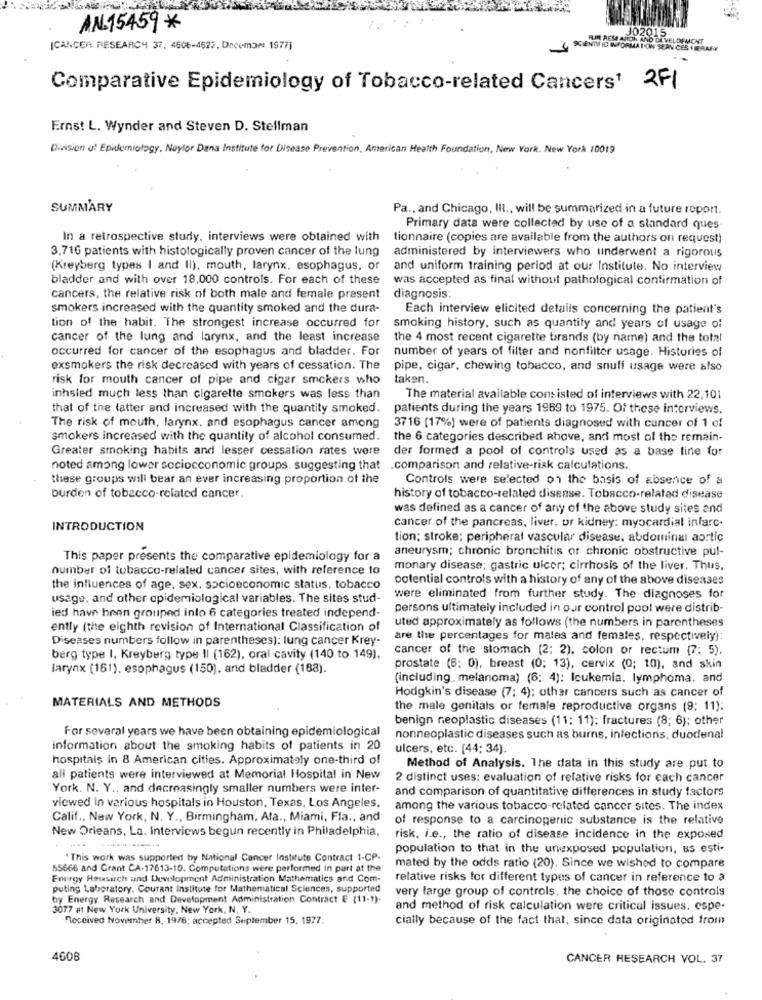
AN.15459*
JO2015
FLIR RESE AJICIN AND DA VELOFMONT
ICANCER RESEARCH 37, 4606-4622. December 1977]
SCIENTIFIC INFORMATION SEAN CES I BERA
Comparative Epidemiology of Tobacco-related Cancers1 2F1
Ernst L. Wynder and Steven D. Stellman
Division of Epidemiology, Naylor Dana Institute for Disease Prevention, American Health Foundation, New York, New York 10019
SUMMARY
Pa ., and Chicago, Il ., will be summarized in a future report.
Primary data were collected by use of a standard ques
In a retrospective study, interviews were obtained with
tionnaire (copies are available from the authors on request)
3,716 patients with histologically proven cancer of the lung
administered by interviewers who underwent a rigorous
(Kreyberg types I and II), mouth, larynx. esophagus, or
and uniform training period at our Institute. No interview
bladder and with over 18,000 controls. For each of these
was accepted as final without pathological confirmation of
cancers, the relative risk of both male and female present
diagnosis:
smokers increased with the quantity smoked and the dura-
Each interview elicited details concerning the patient's
tion of the habit. The strongest increase occurred for
smoking history, such as quantity and years of usage of
cancer of the lung and larynx, and the least increase
the 4 most recent cigarette brands (by name) and the total
occurred for cancer of the esophagus and bladder. For
number of years of filter and nonfilter usage. Histories of
exsmokers the risk decreased with years of cessation. The
pipe, cigar, chewing tobacco, and snuff usage were also
risk for mouth cancer of pipe and cigar smokers who
taken.
inhsled much less than cigarette smokers was less than
The material available consisted of interviews with 22,101
that of the latter and increased with the quantity smoked.
patients during the years 1969 to 1975. Of these interviews.
The risk of mouth, larynx, and esophagus cancer among
3716 (17%) were of patients diagnosed with cancer of 1 of
smokers increased with the quantity of alcohol consumed.
the 6 categories described above, and most of the remain-
Greater smoking habits and lesser cessation rates were
der formed a pool of controls used as a base line for
noted among lower sociocconomic groups, suggesting that comparison and relative-risk calculations.
these groups will bear an ever increasing proportion of the
Controls were selected on the basis of absence of a
burden of tobacco-related cancer.
history of tobacco-related disease. Tobacco-related disease
was defined as a cancer of any of the above study sites and
INTRODUCTION
cancer of the pancreas, liver. or kidney: myocardial infarc.
tion; stroke; peripheral vascular disease, abdominal aortic
aneurysm; chronic bronchitis or chronic obstructive pul-
This paper presents the comparative epidemiology for a
number of tobacco-related cancer sites, with reference to
monary disease; gastric ulcer; cirrhosis of the liver. Thus.
potential controls with a history of any of the above diseases
the influences of age, sex. socioeconomic status, tobacco
usage, and other epidemiological variables. The sites stud-
were eliminated from further study. The diagnoses for
persons ultimately included in our control pool were distrib-
ied have been grouped into 6 categories treated independ-
uted approximately as follows (the numbers in parentheses
ently (the eighth revision of International Classification of
Diseases numbers follow in parentheses): lung cancer Krey-
are the percentages for mates and females, respectively):
cancer of the stomach (2; 2), colon or rectum (7: 5).
berg type I, Kreyberg type Il (162), oral cavity (140 to 149).
larynx (161), esophagus (150), and bladder (183).
prostate (6; 0), breast (0: 13), cervix (0; 10), and skin
(including. melanoma) (6; 4): Icukemia. lymphoma, and
Hodgkin's disease (7: 4); other cancers such as cancer of
MATERIALS AND METHODS
the male genitals or female reproductive organs (9: 11):
benign neoplastic diseases (11: 11): fractures (8; 6); other
For several years we have been obtaining epidemiological
nonneoplastic diseases such as burns, infections, duodenal
information about the smoking habits of patients in 20
ulcers, etc. (44; 34).
hospitals in 8 American cities. Approximately one-third of
Method of Analysis. The data in this study are put to
all patients were interviewed at Memorial Hospital in New
2 distinct uses: evaluation of relative risks for each cancer
York. N. Y ., and decreasingly smaller numbers were inter-
and comparison of quantitative differences in study factors
viewed in various hospitals in Houston, Texas, Los Angeles.
among the various tobacco-related cancer sites. The index
Calif .. New York, N. Y ., Birmingham, Ata ., Miami, Fla ., and
of response to a carcinogenic substance is the relative
New Orleans, La. interviews begun recently in Philadelphia,
risk, i.e ., the ratio of disease incidence in the exposed
...
population to that in the unexposed population, us esti-
" This work was supported by National Cancer Institute Contract 1-CP-
55666 and Grant CA-17613-10. Computations were performed In part at the
mated by the odds ratio (20). Since we wished to compare
Energy Hasasuch and Development Administration Mathematics and Com-
relative risks for different types of cancer in reference to a
puting Laboratory. Courant Institute for Mathematical Sciences, supported
very large group of controls, the choice of those controls
by Energy Research and Development Administration Contract E (11-1).
3077 at New York University. New York, N. Y.
and method of risk calculation were critical issues. espe-
Received Novernher 8, 1976; accepted September 15, 1977.
cially because of the fact that, since data originated from
4608
CANCER RESEARCH VOL. 37